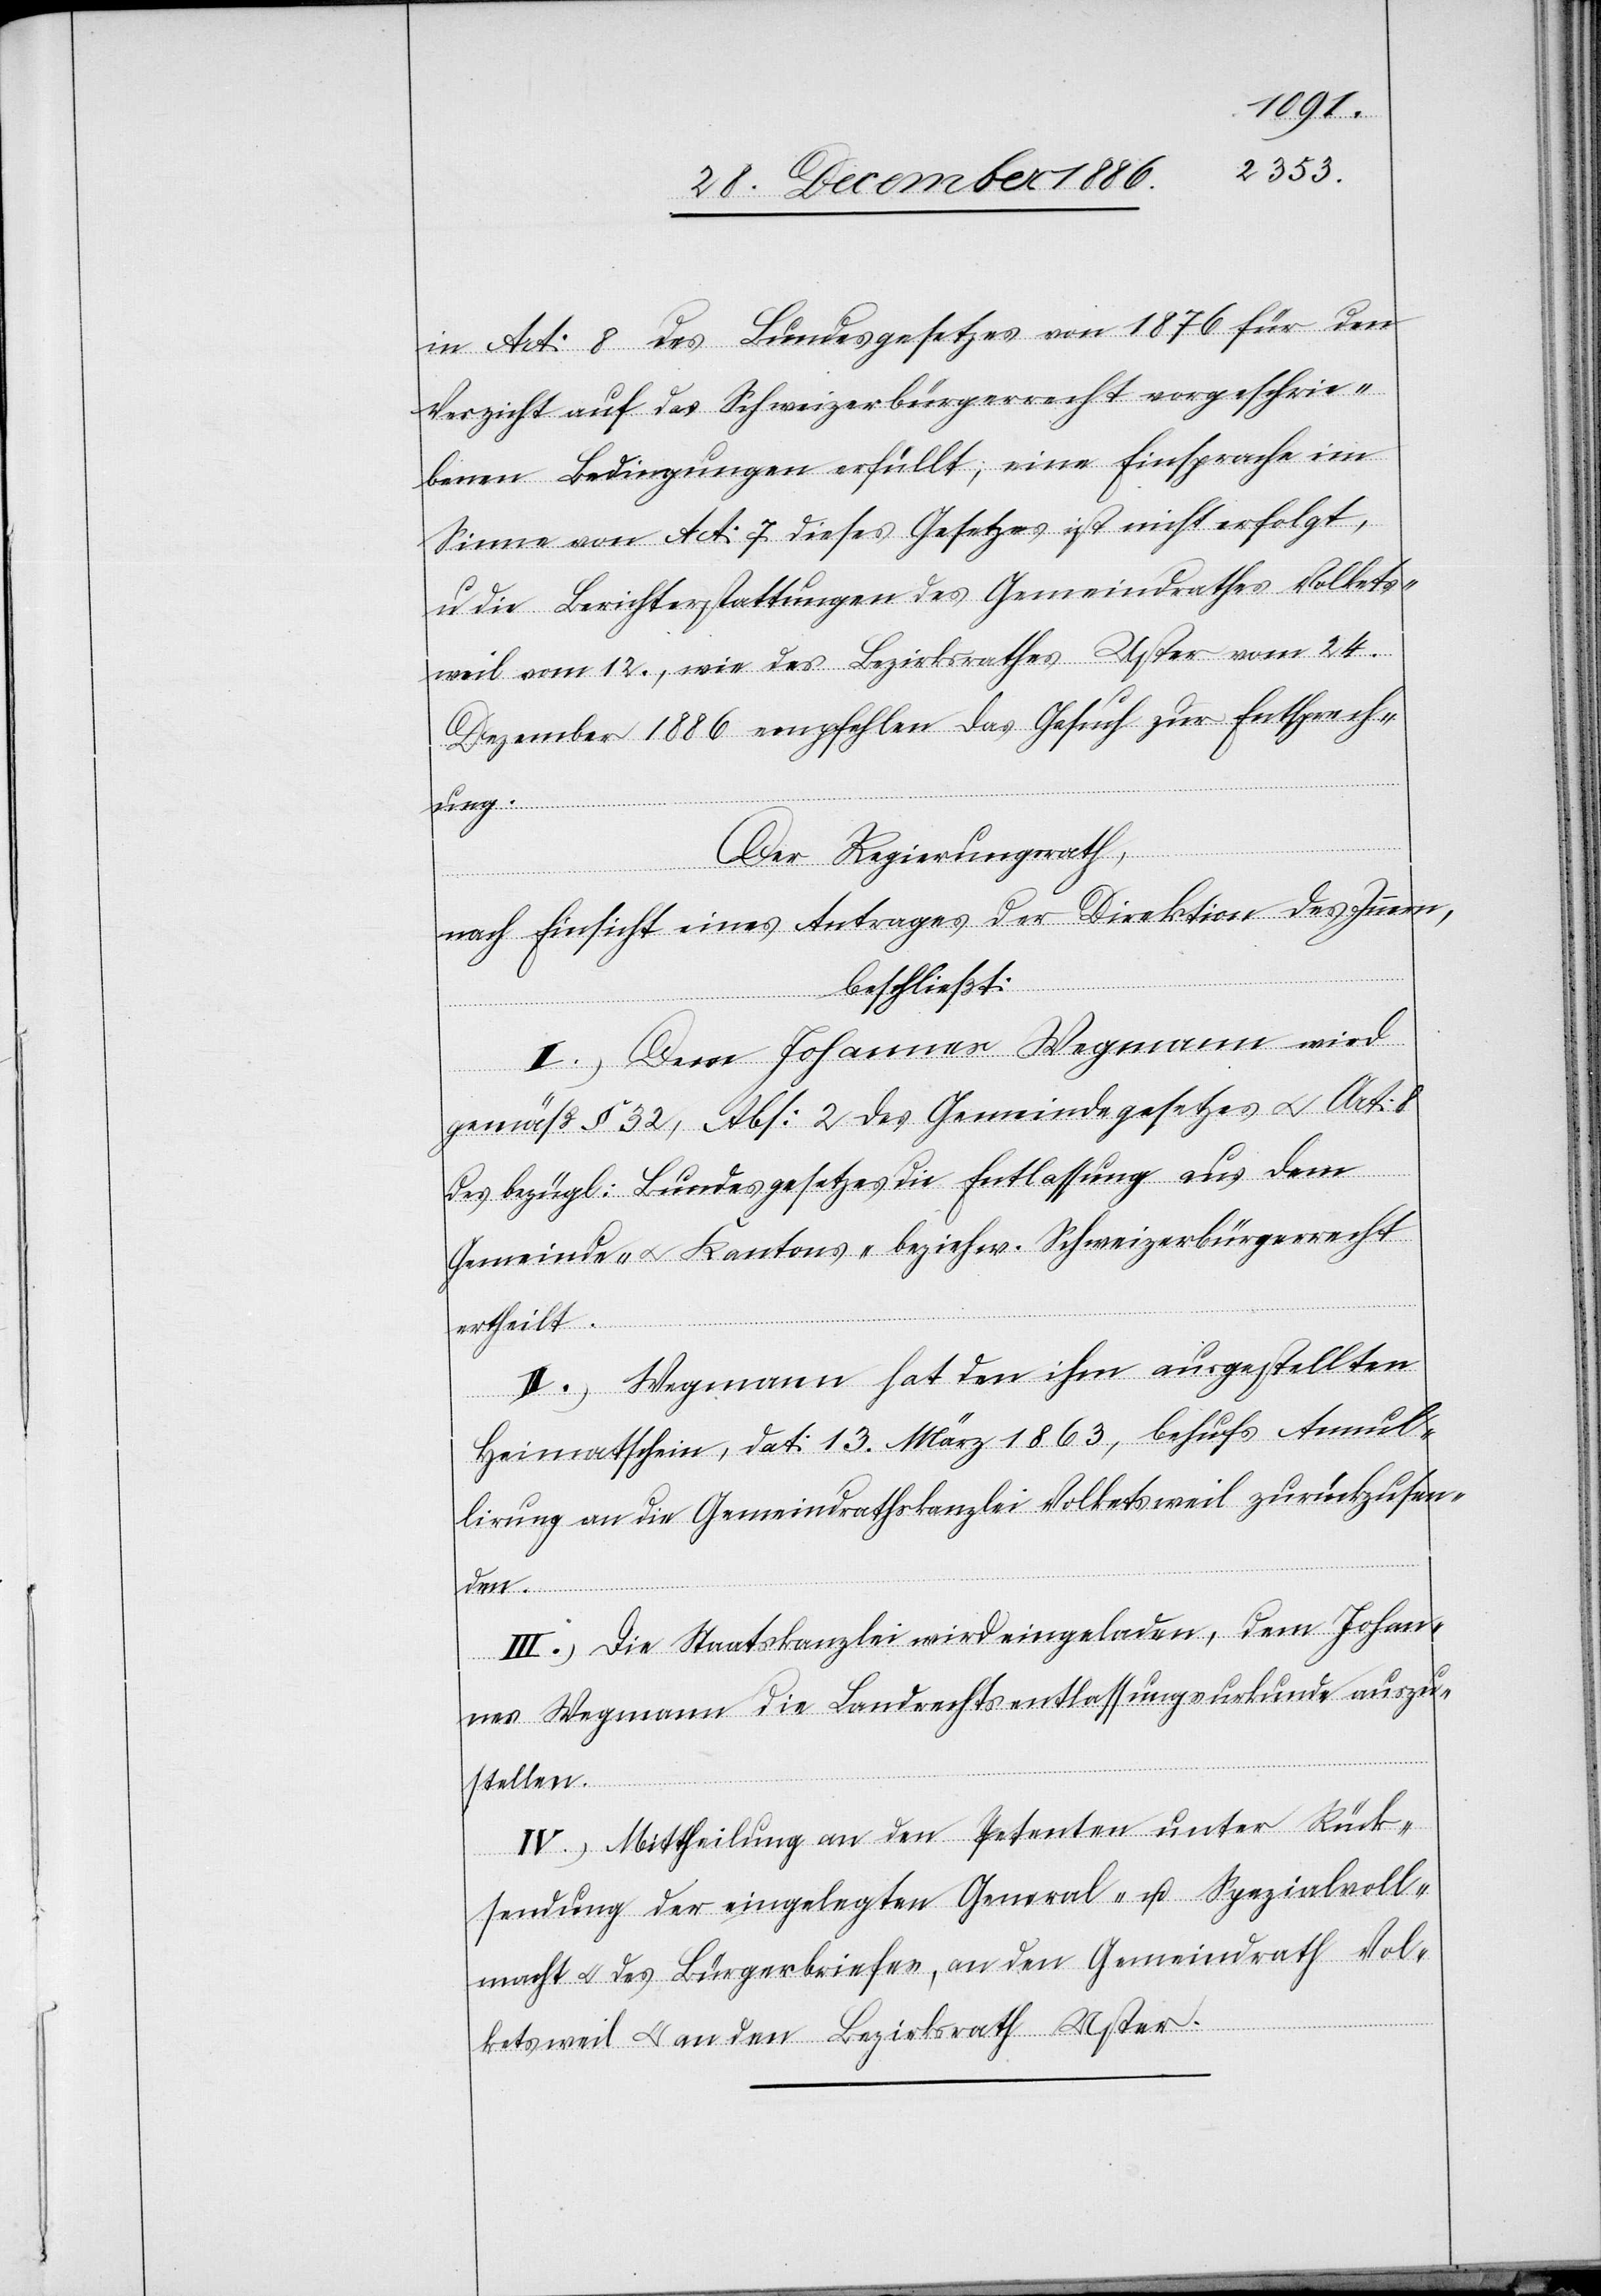
in Art: 8 des Bundesgesetzes von 1876 für den
Verzicht auf das Schweizerbürgerrecht vorgeschrie¬
benen Bedingungen erfüllt; eine Einsprache im
Sinne von Art: 7 dieses Gesetzes ist nicht erfolgt,
u. die Berichterstattungen des Gemeindrathes Volkets¬
weil vom 12., wie des Bezirksrathes Uster vom 24.
Dezember 1886 empfehlen das Gesuch zur Entsprech¬
ung.
Der Regierungsrath,
nach Einsicht eines Antrages der Direktion des Innern,
beschließt:
l.) Dem Johannes Wegmann wird
gemäß § 32, Abs: 2 des Gemeindegesetzes & Art: 8
des bezügl: Bundesgesetzes die Entlassung aus dem
Gemeinde- & Kantons- beziehw. Schweizerbürgerrecht
ertheilt.
II.) Wegmann hat den ihm ausgestellten
Heimatschein, dat: 13. März 1863, behufs Annul¬
lirung an die Gemeindrathskanzlei Volketsweil zurückzusen¬
den.
III.) Die Staatskanzlei wird eingeladen, dem Johan¬
nes Wegmann die Landrechtsentlassungsurkunde auszu¬
stellen.
IV.) Mittheilung an den Petenten unter Rück¬
sendung der eingelegten General- u. Spezialvoll¬
macht & des Bürgerbriefes, an den Gemeindrath Vol¬
ketsweil & an den Bezirksrath Uster.